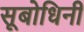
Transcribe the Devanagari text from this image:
सूबोधिनी